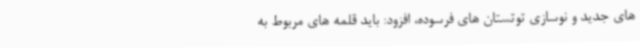
های جدید و نوسازی توتستان های فرسوده، افزود: باید قلمه های مربوط به